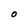
Character: O